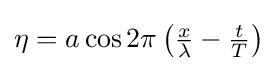
{\textstyle \eta =a\cos 2\pi \left({\frac {x}{\lambda }}-{\frac {t}{T}}\right)}